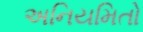
અનિયમિતો